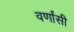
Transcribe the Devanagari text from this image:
वर्णांसी